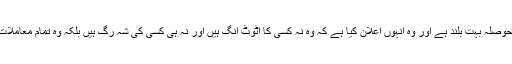
اس تحریک میں شامل لوگوں کاحوصلہ بہت بلند ہے اور وہ انہوں اعلان کیا ہے کہ وہ نہ کسی کا اٹوٹ انگ ہیں اور نہ ہی کسی کی شہ رگ ہیں بلکہ وہ تمام معاملات کا فیصلہ خود کرنا چاہتے ہیں۔